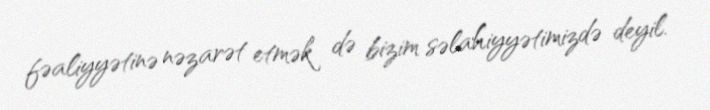
fəaliyyətinə nəzarət etmək də bizim səlahiyyətimizdə deyil.